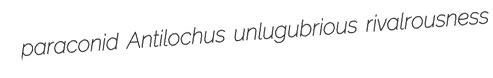
paraconid Antilochus unlugubrious rivalrousness